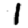
Digit: 1